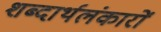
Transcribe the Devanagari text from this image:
शब्दार्थलंकारों